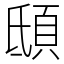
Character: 𩑾